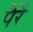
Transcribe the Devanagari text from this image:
पैरें